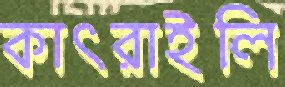
কাৎরাইলি